Kassari_(Keina)_vallavalitsus, lk 60
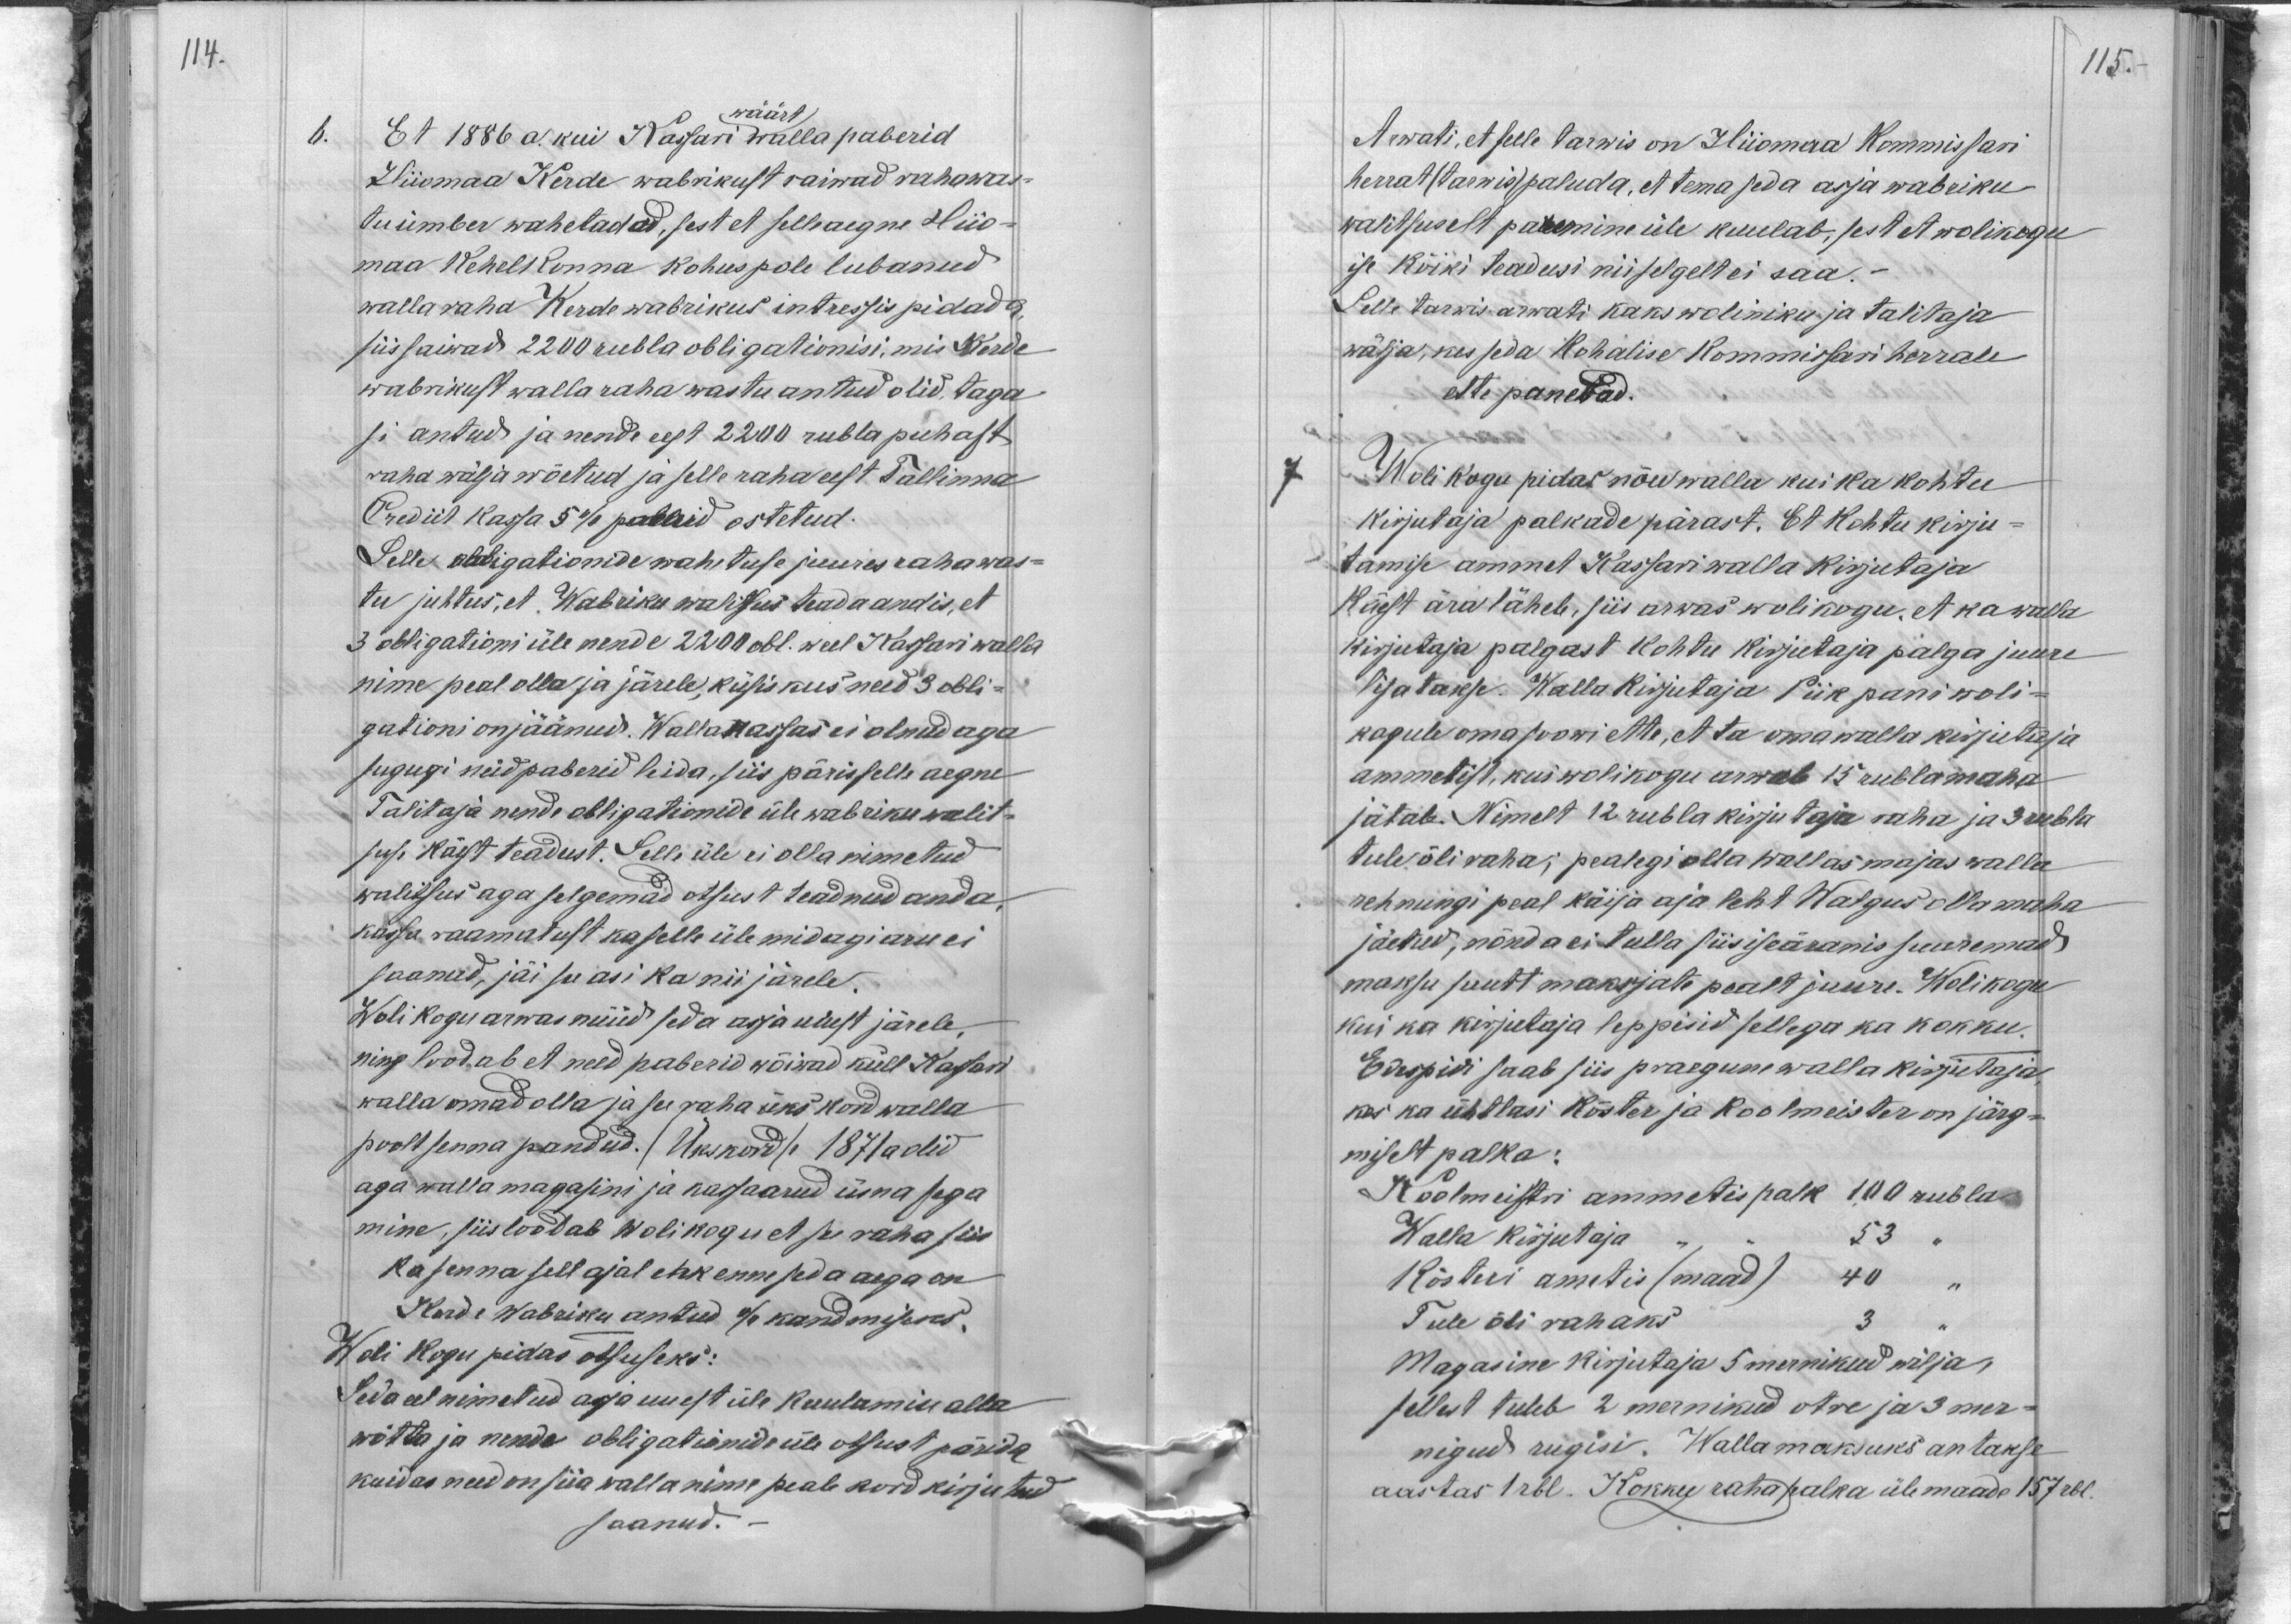
114.

wäärt
6.
Et 1886 a. kui Kassari walla paberid
Hiiomaa Kerde wabrikust saiwad raha was-
tu ümber wahetadud, sest et selle aegne Hiio-
maa Kehelkonna kohus pole lubanud.
walla raha Kerde wabrikus intressis pidada,
siis saiwad 2200 rubla obligationisi, mis Kerde
wabrikust walla raha wastu antud olid, taga-
si antud ja nende eest 2200 rubla puhast
raha wälja wõetud ja selle raha eest Tallinna
Crediit kassa 5% paberid ostetud.
Selle obligationide wahetuse juures raha was-
tu juhtus, et Wabriku walitsus teada andis, et
3 obligationi üle nende 2 200 obl. weel Kassari walla
nime peal olla ja järele, küsis kus need 3 obli-
gationi on jäänud. Walla kassas ei olnud aga
sugugi neid paberid leida, siis päris selle aegne
Talitaja nende obligationide üle wabriku walit-
suse käest teadust. Selle üle ei olla nimetud
walitsus aga selgemad otsust teadnud anda,
kassa raamatust ka selle üle midagi aru ei
saanud, jäi see asi ka nii järele.
Wolikogu arwas nüüd seda asja uuest järele,
ning loodab et need paberid wõiwad küll Kassari
walla omad olla ja see raha üks kord walla
poolt senna pandud. (Ükskord) 1871 a olid
aga walla magasini ja kassaarud üsna sega
mine, siis loodab Wolikogu et see raha siis
ka senna sell ajal ehk enne seda aega on
Kerde Wabriku antud % kandmiseks.
Woli kogu pidas otsuseks:
Seda eel nimetud aga uuest üle kuulamise alla
wõtta ja nende obligationide üle otsust pärida
kuidas need on siia walla nime peale kord kirjutud
saanud.

115.
Arwati, et selle tarwis on Hiiomaa Kommissari
herrat (tarwis) paluda, et tema seda asja wabriku
walitsuselt paremine üle kuulab, sest et wolikogu
ise kõiki teadusi niiselgelt ei saa. -
Selle tarwis arwati kaks woliniku ja talitaja
wälja, kes seda kohalise kommissari herrale
ette panewad.
7.
Wolikogu pidas nõu walla kui ka kohtu
kirjutaja palkade pärast. Et kohtu kirju-
tamise ammet Kassari walla kirjutaja
käest ära läheb, siis arwas wolikogu, et ka walla
kirjutaja palgast kohtu kirjutaja palga juure
lisatakse. Walla kirjutaja Piik pani woli-
kogule oma soowi ette, et ta oma walla kirjutaja
ammetist, kui wolikogu arwab 15 rubla maha
jätab. Nimelt 12 rubla kirjutaja raha ja 3 rubla
tule õli raha; pealegi olla wallas majas walla
rehnungi peal käija aja leht Walgus olla maha
jäetud, nõnda ei tulla siis iseäranis suuremad
maksu suurt maksjate pealt juure. Wolikogu
kui ka kirjutaja leppisid sellega ka kokku.
Edespidi saab siis praegune walla kirjutaja
kes ka ühtlasi Köster ja Koolmeister on järg-
miselt palka:
Koolmeistri ammetis palk 100 rubla
Walla kirjutaja - - 53 "
Kösteri ametis (maad) 40 "
Tule õli rahaks 3 "
Magasine kirjutaja 5 mernikud wilja
sellest tuleb 2 mernikud otre ja 3 mer-
nigud rugisi. Wallamaksuks antakse
aastas 1 rbl. Kokku raha palka üle maade 157 rbl.